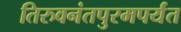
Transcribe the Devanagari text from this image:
तिरुवनंतपुरमपर्यंत